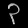
Digit: ၃